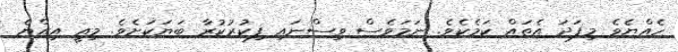
ހެއްޔެވެ މިފަދަ އެތައް ކަމެކެވެ. ނަމަވެސް ވިސްނައި ފިކުރުކުރާ ބަޔަކަށެވެ. މިއީ އިއްޔެ